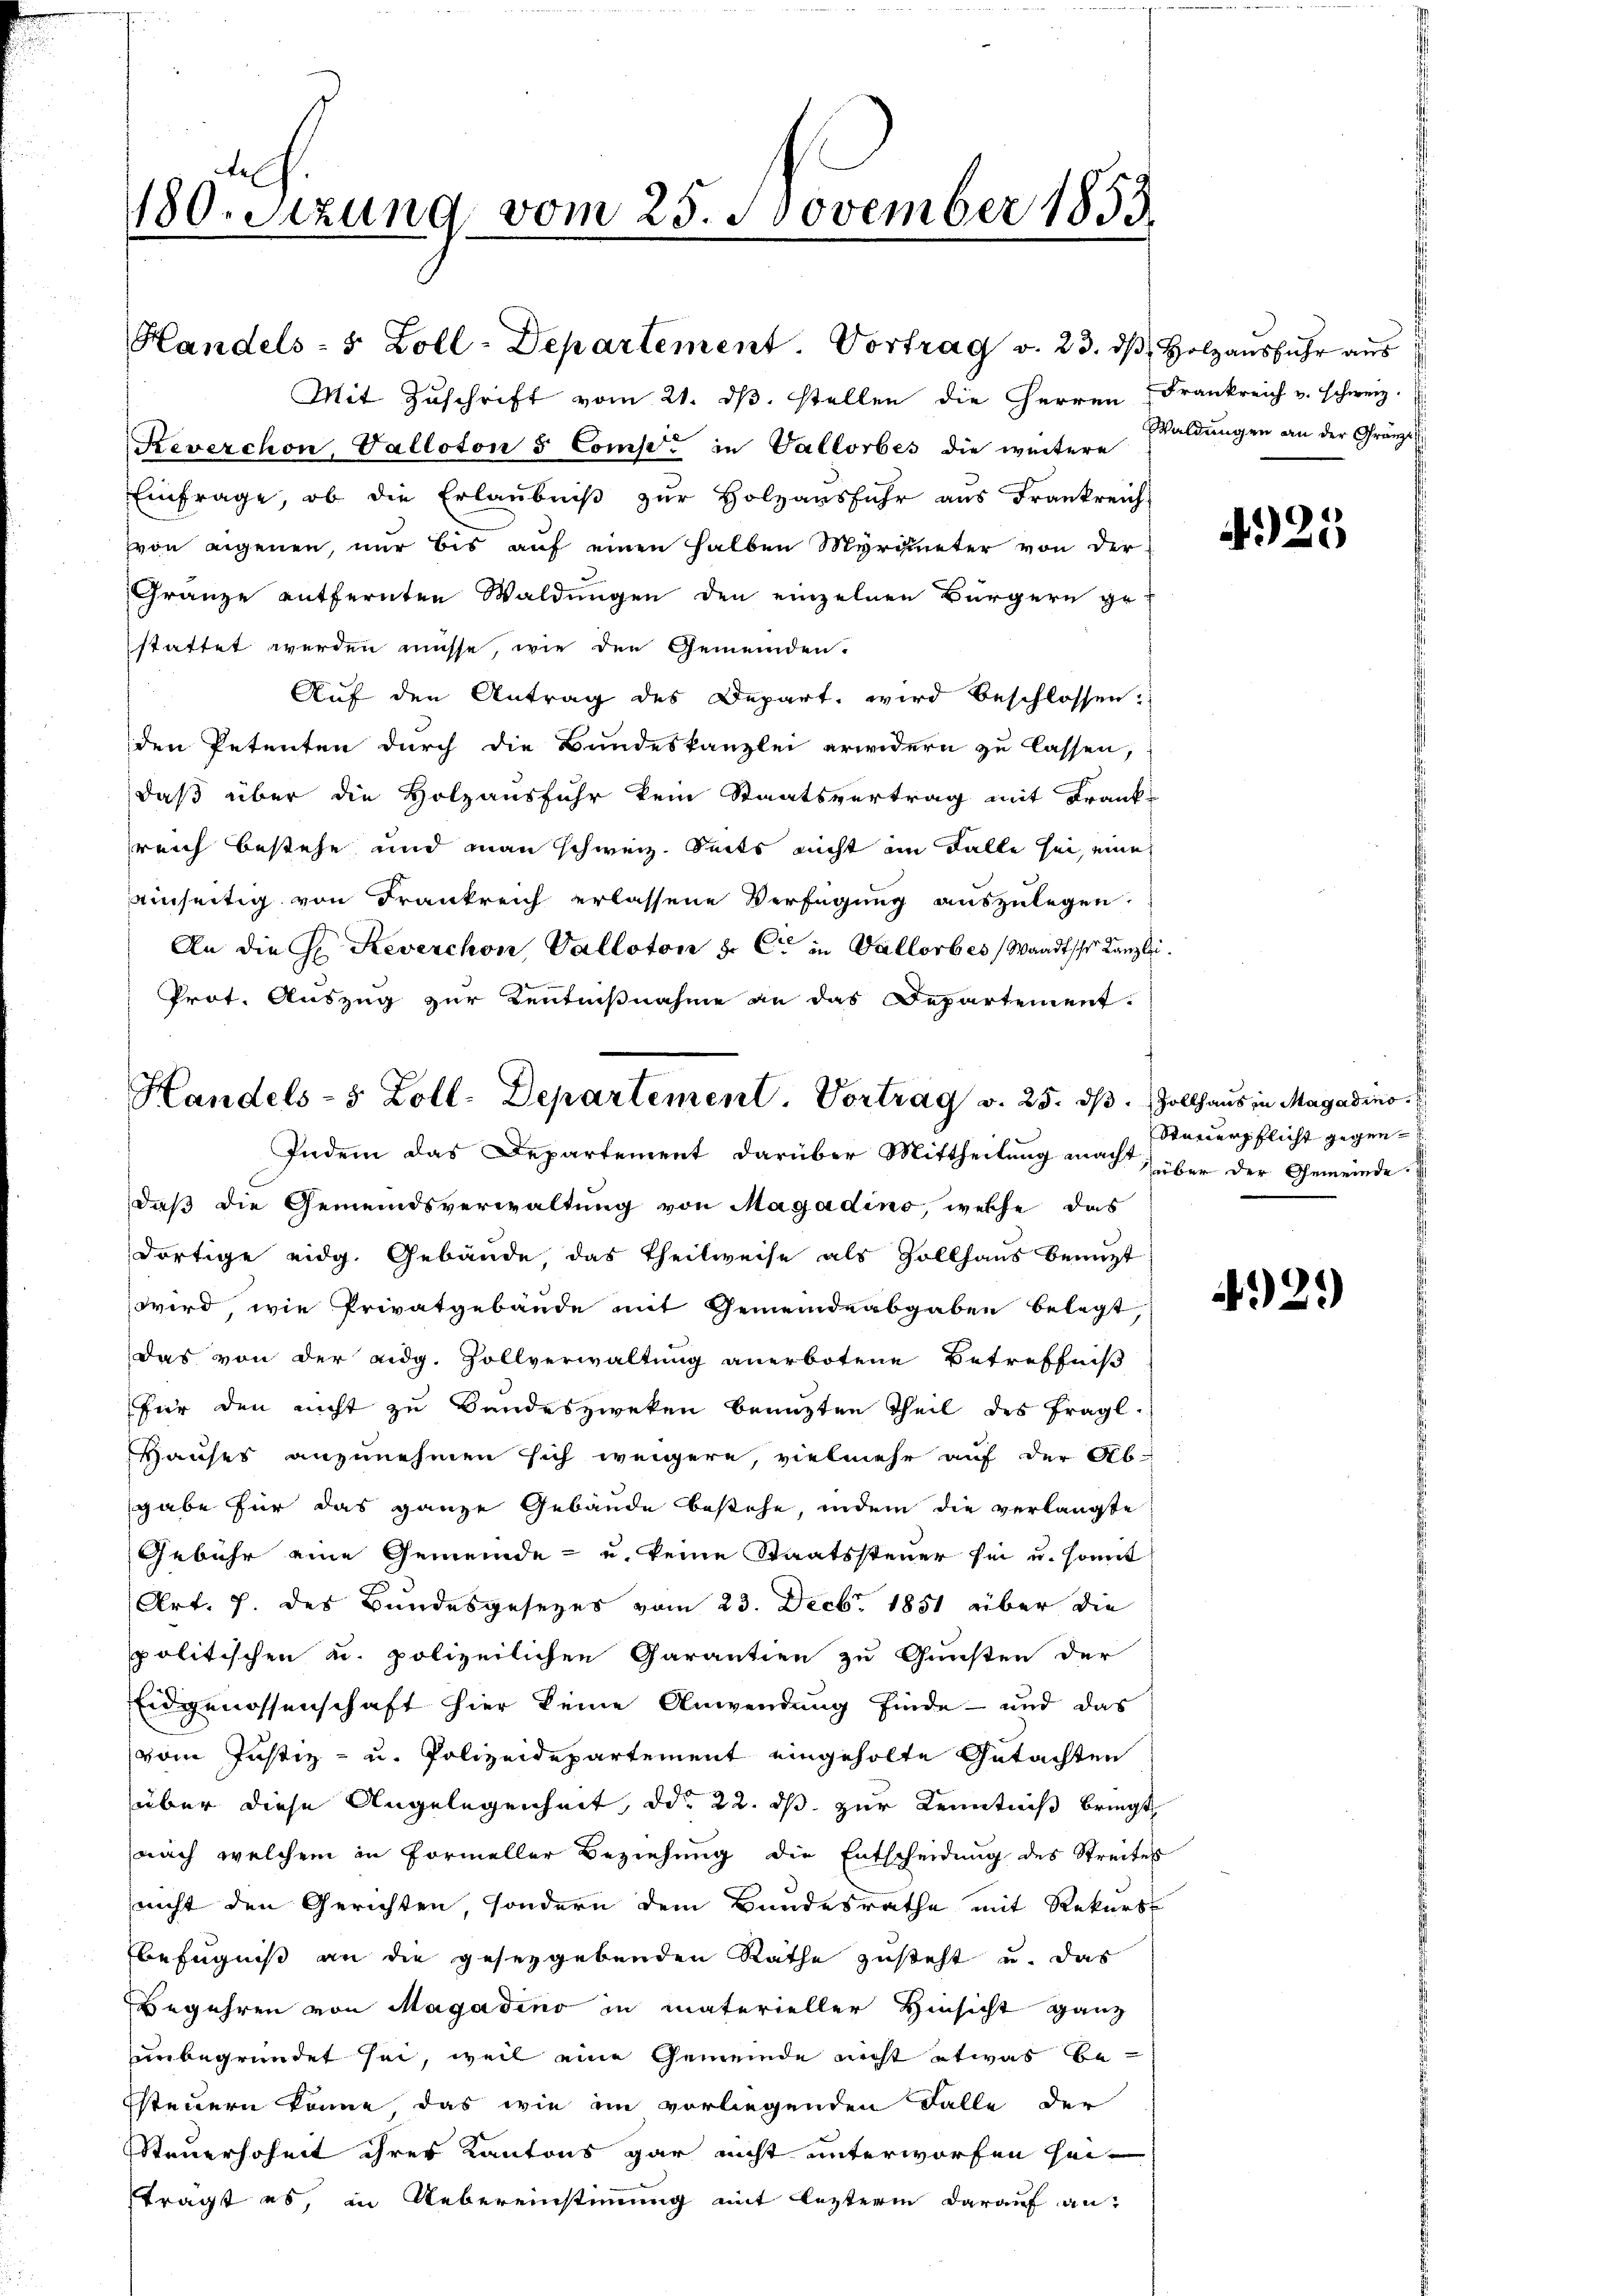
180. Setzung vom 25. November 1853

Handels-5 Zoll-Departement. Vortrag v. 25. dβ. Zollhaŭs in Magadino. E
Indem das Departement darüber Mittheilung macht

Handels- 5 Zoll-Departement. Vortrag v. 23. dβ, Holzausfuhr aus

Mit Zuschrift vom 21. ds. stellen die Herren Frankreich u. schweiz.
Reverchon, Vallotons Comp. in Vallorbes die weitere
Einfrage, ob die Erlaŭbniβ zŭr Holzarsfŭhr aŭs Frankreich
von eigenen, nur bis auf einen halben Myrqueter von der
Gränze entfernten Waldungen den einzelnen Bürgern ge-
stattet werden müsse, wie den Gemeinden.
Auf den Antrag des Depart wird beschlossen:
den Petenten durch die Bundeskanzlei erwidern zu lassen,
daß über die Holzausfuhr kein Staatsvertrag mit Krank-
reich bestehe und man schweiz. Seits nicht im Falle sei, eine
einseitig von Frankreich erlassene Verfügung auszulegen.
An die H. Reverchon Valloton u. C in Vallorbes Wandtsche Kanzlei.
Prot. Auszug zur Kenntnißnahme an das Departement.
daß die Gemeindsverwaltung von Magadino, welche das
dortige eidg. Gebäude, das Theilweise als Zollhaus benuzt
wird, wie Privatgebäude mit Gemeindeabgaben belegt,
das von der eidg. Zollverwaltung anerbotene Betreffniß
für den nicht zu Bandeszweken benuzten Theil des fragl.
Hauses anzunehmen sich weigere, vielmehr auf der Abgabe für das ganze Gebäude bestehe, indem die verlangte
Gebühr eine Gemeinde- u. keine Staatssteuer sei u. somit
(Art. 7. des Bundesgesezes vom 23. Decbr. 1851 aber die
politischen u. polizeilichen Garantien zu Gunsten der
Eidgenossenschaft hier keine Anwendung finde- und das
vom Justiz- u. Polizeidepartement eingeholte Gutachten
über diese Angelegenheit, od. 22. ds zur Kenntniß bringt
nach welchem in Formeller Beziehung die Entscheidung des Streites
nicht den Gerichten, sondern dem Bundesrathe mit Rekurs
befugniß an die gesezgebenden Rathe zusteht u. das
Begehren von Magadino in materieller Hinsicht ganz
unbegründet sei, weil eine Gemeinde nicht etwas be-
Esteuern könne das wie im vorliegenden Falle der
Steuerhoheit ihres Kantons gar nicht unterworfen hei-
tragt es, in Uebereinstimmung mit leztern darauf an:

Waldungen an der Gränzi¬

425

Steuerpflicht gegenüber der Gemeinde.

21)